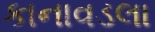
કાનાવડલા